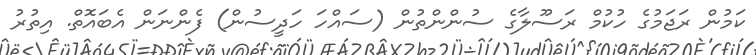
ކަމުން ރަޖަމުގެ ހުކުމް ރަސޫލާގެ ސުންންތުން (ސައްހަ ހަދީސުން) ފެންނަން އެބައޮތް. އިތުރު